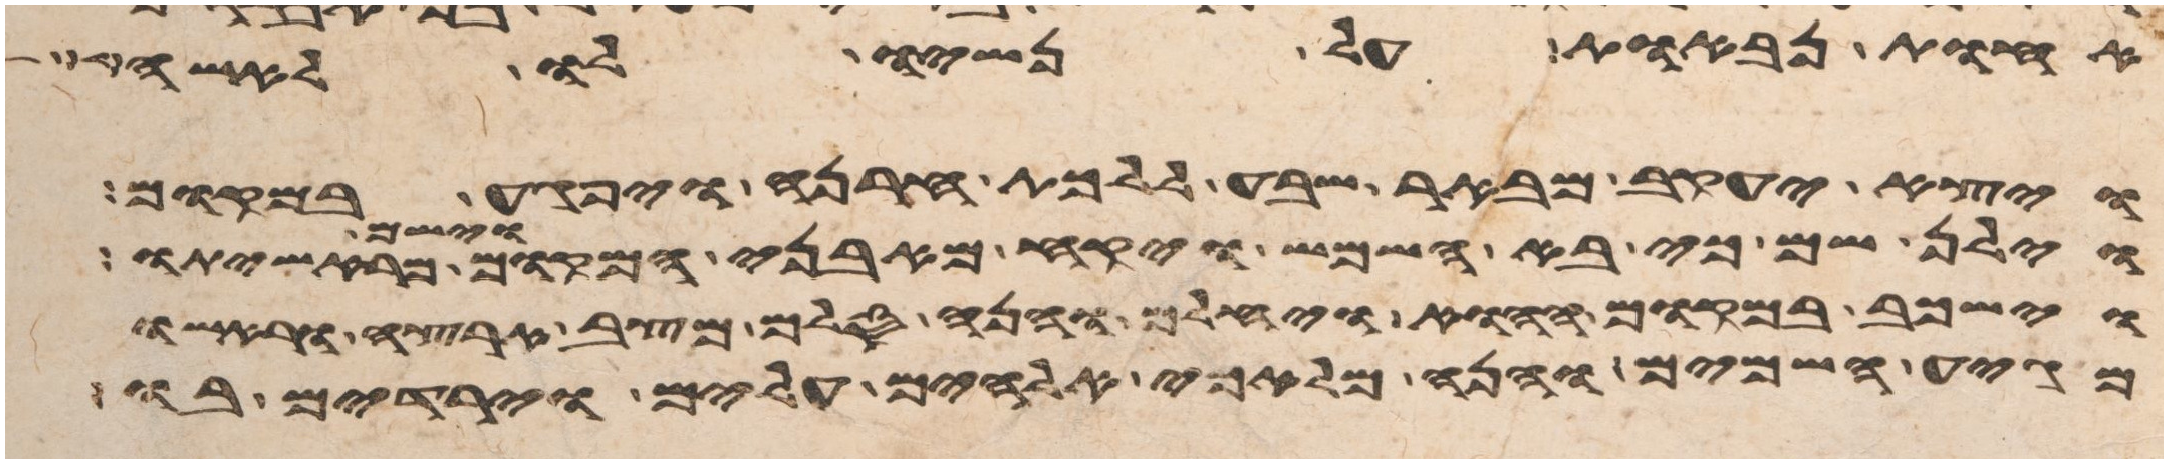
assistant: אחות נבאות על נשיו לו לאשה
ויצא יעקב מבאר שבע ללכת חרנה ויפגע במקום
וילן שם כי בא השמש ויקח מאבני המקום וישם מראשיתו
וישכב במקום ההוא ויחלם והנה סלם מצב ארצה וראשו
מגיע השמים והנה מלאכי אלהים עלים וירדים בו